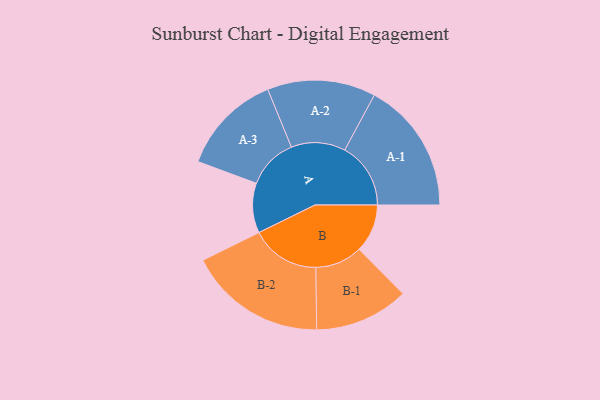
{"axis": {"x": "Segment", "y": "Value"}, "legend": ["", "A", "B"], "data": [{"x": "A", "y": 206, "type": ""}, {"x": "B", "y": 200, "type": ""}, {"x": "A-1", "y": 273, "type": "A"}, {"x": "A-2", "y": 224, "type": "A"}, {"x": "A-3", "y": 210, "type": "A"}, {"x": "B-1", "y": 195, "type": "B"}, {"x": "B-2", "y": 286, "type": "B"}]}